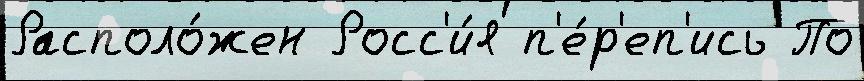
Располо́жен Росс'и́я п'е́р'еп'ись По